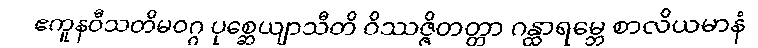
ဧကူနဝီသတိမဝဂ္ဂ ပုစ္ဆေယျာသီတိ ဝိဿဇ္ဇိတတ္တာ ဂန္ထာရမ္ဘေ စာလိယမာနံ